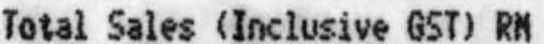
TOTAL SALES (INCLUSIVE GST) RM